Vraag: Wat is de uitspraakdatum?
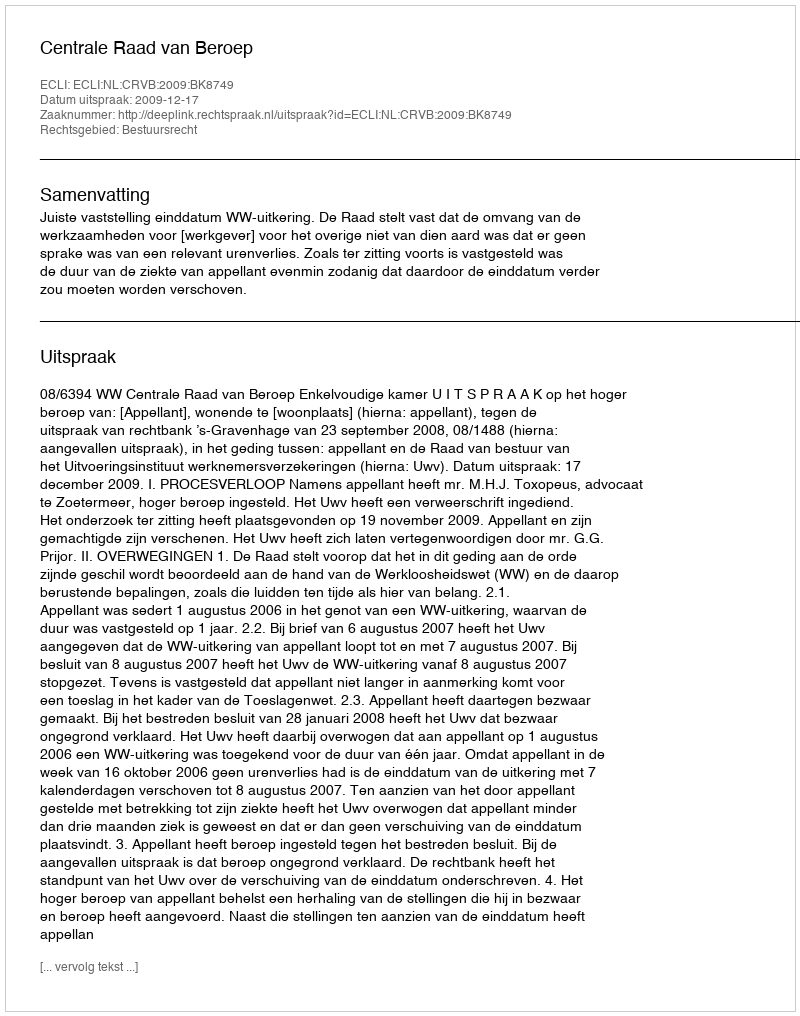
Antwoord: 2009-12-17